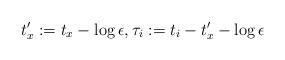
LaTeX: \begin{align*}t_x':=t_x-\log\epsilon,\tau_i:=t_i-t_x'-\log\epsilon\end{align*}